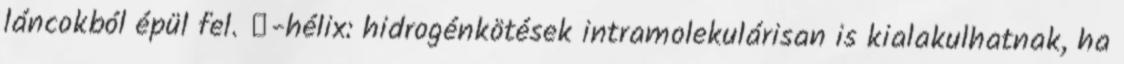
láncokból épül fel. α-hélix: hidrogénkötések intramolekulárisan is kialakulhatnak, ha